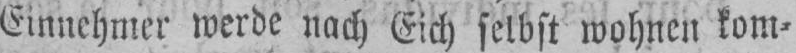
Einnehmer werde nach Eich selbst wohnen kom⸗